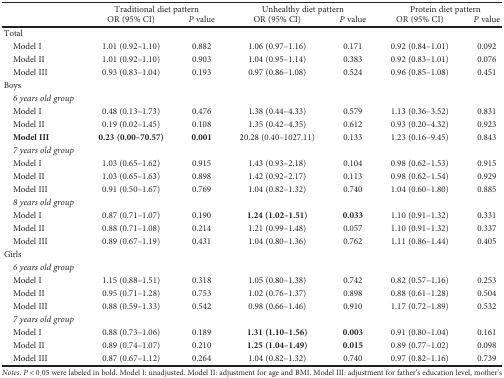
<table><thead><tr><td rowspan="2"></td><td colspan="2"><b>Traditional diet pattern</b></td><td colspan="2"><b>Unhealthy diet pattern</b></td><td colspan="2"><b>Protein diet pattern</b></td></tr><tr><td><b>OR (95% CI)</b></td><td><b><i>P</i> value</b></td><td><b>OR (95% CI)</b></td><td><b><i>P</i> value</b></td><td><b>OR (95% CI)</b></td><td><b><i>P</i> value</b></td></tr></thead><tbody><tr><td colspan="7">Total</td></tr><tr><td> Model I</td><td>1.01 (0.92–1.10)</td><td>0.882</td><td>1.06 (0.97–1.16)</td><td>0.171</td><td>0.92 (0.84–1.01)</td><td>0.092</td></tr><tr><td> Model II</td><td>1.01 (0.92–1.10)</td><td>0.903</td><td>1.04 (0.95–1.14)</td><td>0.383</td><td>0.92 (0.83–1.01)</td><td>0.076</td></tr><tr><td> Model III</td><td>0.93 (0.83–1.04)</td><td>0.193</td><td>0.97 (0.86–1.08)</td><td>0.524</td><td>0.96 (0.85–1.08)</td><td>0.451</td></tr><tr><td colspan="7">Boys</td></tr><tr><td> <i>6 years old group</i></td><td></td><td></td><td></td><td></td><td></td><td></td></tr><tr><td> Model I</td><td>0.48 (0.13–1.73)</td><td>0.476</td><td>1.38 (0.44–4.33)</td><td>0.579</td><td>1.13 (0.36–3.52)</td><td>0.831</td></tr><tr><td> Model II</td><td>0.19 (0.02–1.45)</td><td>0.108</td><td>1.35 (0.42–4.35)</td><td>0.612</td><td>0.93 (0.20–4.32)</td><td>0.923</td></tr><tr><td> <b>Model III</b></td><td><b>0.23 (0.00–70.57)</b></td><td><b>0.001</b></td><td>20.28 (0.40–1027.11)</td><td>0.133</td><td>1.23 (0.16–9.45)</td><td>0.843</td></tr><tr><td> <i>7 years old group</i></td><td></td><td></td><td></td><td></td><td></td><td></td></tr><tr><td> Model I</td><td>1.03 (0.65–1.62)</td><td>0.915</td><td>1.43 (0.93–2.18)</td><td>0.104</td><td>0.98 (0.62–1.53)</td><td>0.915</td></tr><tr><td> Model II</td><td>1.03 (0.65–1.63)</td><td>0.898</td><td>1.42 (0.92–2.17)</td><td>0.113</td><td>0.98 (0.62–1.54)</td><td>0.929</td></tr><tr><td> Model III</td><td>0.91 (0.50–1.67)</td><td>0.769</td><td>1.04 (0.82–1.32)</td><td>0.740</td><td>1.04 (0.60–1.80)</td><td>0.885</td></tr><tr><td> <i>8 years old group</i></td><td></td><td></td><td></td><td></td><td></td><td></td></tr><tr><td> Model I</td><td>0.87 (0.71–1.07)</td><td>0.190</td><td><b>1.24 (1.02–1.51)</b></td><td><b>0.033</b></td><td>1.10 (0.91–1.32)</td><td>0.331</td></tr><tr><td> Model II</td><td>0.88 (0.71–1.08)</td><td>0.214</td><td>1.21 (0.99–1.48)</td><td>0.057</td><td>1.10 (0.91–1.32)</td><td>0.337</td></tr><tr><td> Model III</td><td>0.89 (0.67–1.19)</td><td>0.431</td><td>1.04 (0.80–1.36)</td><td>0.762</td><td>1.11 (0.86–1.44)</td><td>0.405</td></tr><tr><td colspan="7">Girls</td></tr><tr><td> <i>6 years old group</i></td><td></td><td></td><td></td><td></td><td></td><td></td></tr><tr><td> Model I</td><td>1.15 (0.88–1.51)</td><td>0.318</td><td>1.05 (0.80–1.38)</td><td>0.742</td><td>0.82 (0.57–1.16)</td><td>0.253</td></tr><tr><td> Model II</td><td>0.95 (0.71–1.28)</td><td>0.753</td><td>1.02 (0.76–1.37)</td><td>0.898</td><td>0.88 (0.61–1.28)</td><td>0.504</td></tr><tr><td> Model III</td><td>0.88 (0.59–1.33)</td><td>0.542</td><td>0.98 (0.66–1.46)</td><td>0.910</td><td>1.17 (0.72–1.89)</td><td>0.532</td></tr><tr><td> <i>7 years old group</i></td><td></td><td></td><td></td><td></td><td></td><td></td></tr><tr><td> Model I</td><td>0.88 (0.73–1.06)</td><td>0.189</td><td><b>1.31 (1.10–1.56)</b></td><td><b>0.003</b></td><td>0.91 (0.80–1.04)</td><td>0.161</td></tr><tr><td> Model II</td><td>0.89 (0.74–1.07)</td><td>0.210</td><td><b>1.25 (1.04–1.49)</b></td><td><b>0.015</b></td><td>0.89 (0.77–1.02)</td><td>0.098</td></tr><tr><td> Model III</td><td>0.87 (0.67–1.12)</td><td>0.264</td><td>1.04 (0.82–1.32)</td><td>0.740</td><td>0.97 (0.82–1.16)</td><td>0.739</td></tr></tbody></table>